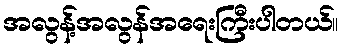
အလွန့်အလွန်အရေးကြီးပါတယ်။